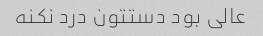
عالی بود دستتون درد نکنه